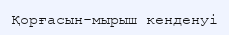
Қорғасын-мырыш кенденуі